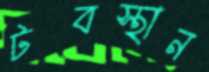
টবস্থান